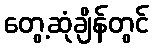
တွေ့ဆုံချိန်တွင်